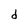
Character: d